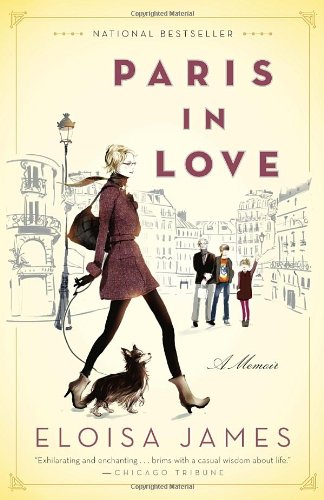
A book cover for Paris in Love: A Memoir; Eloisa James; Travel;